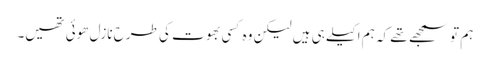
ہم تو سمجھے تھے کہ ہم اکیلے ہی ہیں لیکن وہ کسی بھوت کی طرح نازل ھوئی تھیں۔